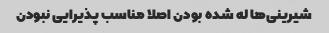
شیرینی‌ها له شده بودن اصلا مناسب پذیرایی نبودن